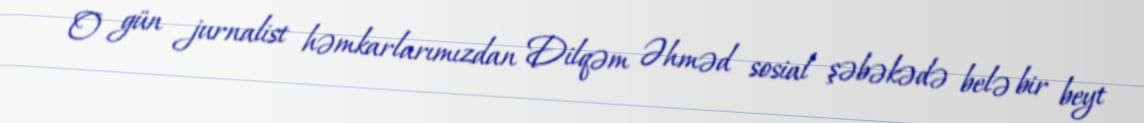
O gün jurnalist həmkarlarımızdan Dilqəm Əhməd sosial şəbəkədə belə bir beyt